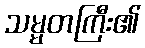
သမ္မတကြီး၏